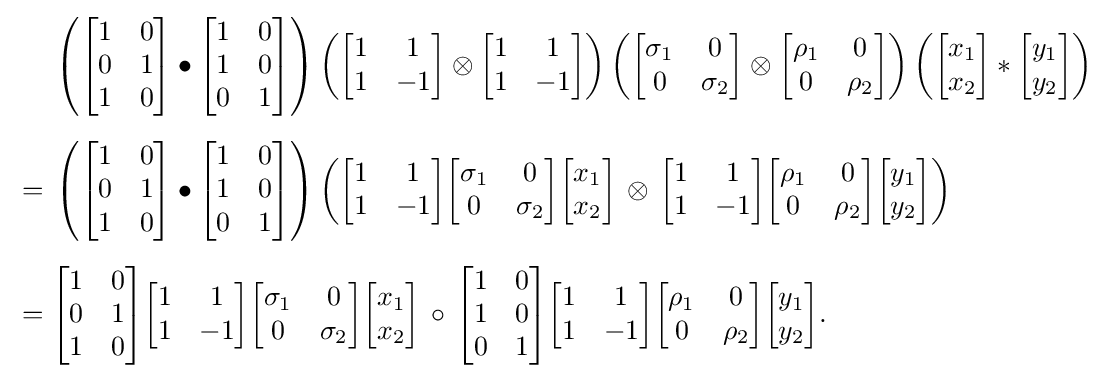
{\begin{aligned}&\left({\begin{bmatrix}1&0\\0&1\\1&0\end{bmatrix}}\bullet {\begin{bmatrix}1&0\\1&0\\0&1\end{bmatrix}}\right)\left({\begin{bmatrix}1&1\\1&-1\end{bmatrix}}\otimes {\begin{bmatrix}1&1\\1&-1\end{bmatrix}}\right)\left({\begin{bmatrix}\sigma _{1}&0\\0&\sigma _{2}\\\end{bmatrix}}\otimes {\begin{bmatrix}\rho _{1}&0\\0&\rho _{2}\\\end{bmatrix}}\right)\left({\begin{bmatrix}x_{1}\\x_{2}\end{bmatrix}}\ast {\begin{bmatrix}y_{1}\\y_{2}\end{bmatrix}}\right)\\[5pt]{}={}&\left({\begin{bmatrix}1&0\\0&1\\1&0\end{bmatrix}}\bullet {\begin{bmatrix}1&0\\1&0\\0&1\end{bmatrix}}\right)\left({\begin{bmatrix}1&1\\1&-1\end{bmatrix}}{\begin{bmatrix}\sigma _{1}&0\\0&\sigma _{2}\\\end{bmatrix}}{\begin{bmatrix}x_{1}\\x_{2}\end{bmatrix}}\,\otimes \,{\begin{bmatrix}1&1\\1&-1\end{bmatrix}}{\begin{bmatrix}\rho _{1}&0\\0&\rho _{2}\\\end{bmatrix}}{\begin{bmatrix}y_{1}\\y_{2}\end{bmatrix}}\right)\\[5pt]{}={}&{\begin{bmatrix}1&0\\0&1\\1&0\end{bmatrix}}{\begin{bmatrix}1&1\\1&-1\end{bmatrix}}{\begin{bmatrix}\sigma _{1}&0\\0&\sigma _{2}\\\end{bmatrix}}{\begin{bmatrix}x_{1}\\x_{2}\end{bmatrix}}\,\circ \,{\begin{bmatrix}1&0\\1&0\\0&1\end{bmatrix}}{\begin{bmatrix}1&1\\1&-1\end{bmatrix}}{\begin{bmatrix}\rho _{1}&0\\0&\rho _{2}\\\end{bmatrix}}{\begin{bmatrix}y_{1}\\y_{2}\end{bmatrix}}.\end{aligned}}